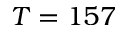
T = 1 5 7